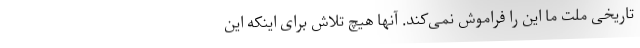
تاریخی ملت ما این را فراموش نمی‌کند. ‌آنها هیچ تلاش برای اینکه این